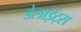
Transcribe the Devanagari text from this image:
डेलाईट्स